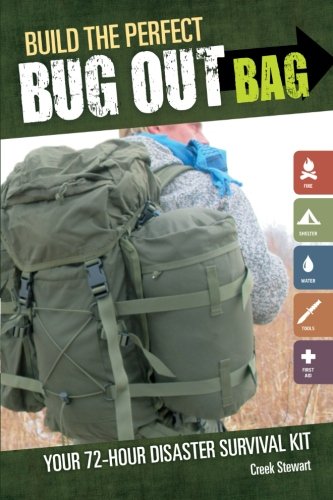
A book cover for Build the Perfect Bug Out Bag: Your 72-Hour Disaster Survival Kit; Creek Stewart; Reference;